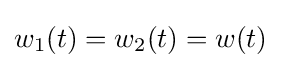
w_{1}(t)=w_{2}(t)=w(t)